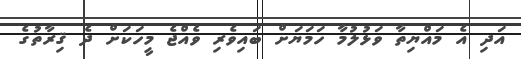
އަދި އެ މައްޔިތާ ވަޅުލުމާ ހަމަޔަށް ބައިވެރި ވެއްޖެ މީހަކަށް ދެ ޤިރާތުގެ